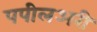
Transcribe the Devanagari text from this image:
पपीलअरी